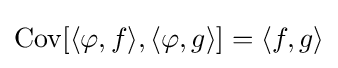
\mathrm {Cov} [\langle \varphi ,f\rangle ,\langle \varphi ,g\rangle ]=\langle f,g\rangle